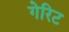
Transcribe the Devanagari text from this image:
गेरिट